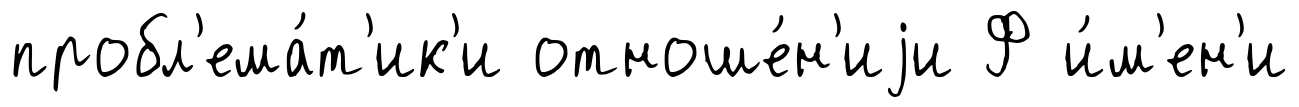
пробл'ема́т'ик'и отноше́н'иjи Ф и́м'ен'и